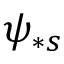
\psi _ { \ast s }